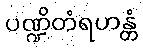
ပဏ္ဍိတံရဟန္တံ